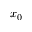
x _ { 0 }